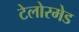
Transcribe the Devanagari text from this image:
टेलोरमेड